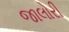
જાલોરી